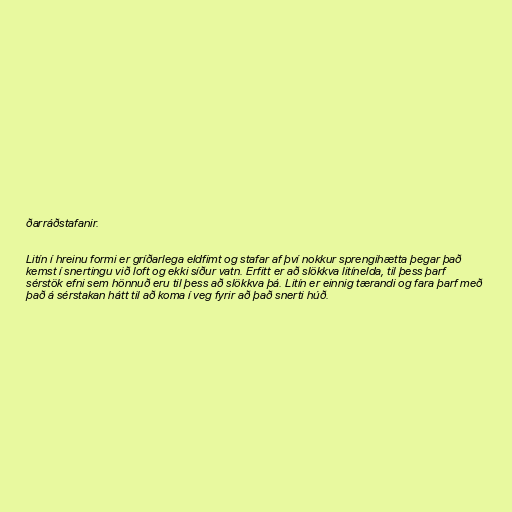
ðarráðstafanir.

Litín í hreinu formi er gríðarlega eldfimt og stafar af því nokkur sprengihætta þegar það
kemst í snertingu við loft og ekki síður vatn. Erfitt er að slökkva litínelda, til þess þarf
sérstök efni sem hönnuð eru til þess að slökkva þá. Litín er einnig tærandi og fara þarf með
það á sérstakan hátt til að koma í veg fyrir að það snerti húð.